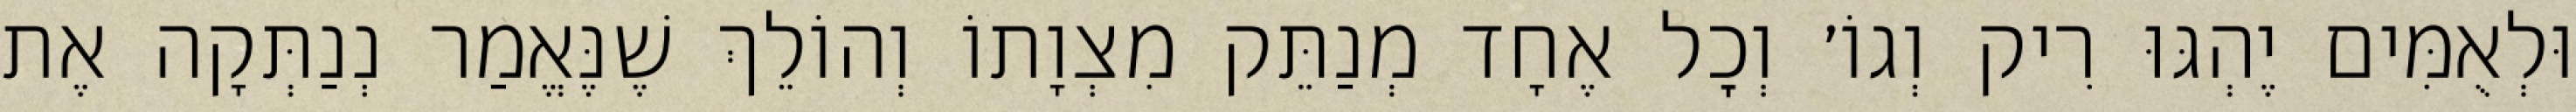
וּלְאֻמִּים יֶהְגּוּ רִיק וְגוֹ׳ וְכׇל אֶחָד מְנַתֵּק מִצְוָתוֹ וְהוֹלֵךְ שֶׁנֶּאֱמַר נְנַתְּקָה אֶת